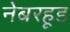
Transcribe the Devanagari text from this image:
नेबरहूड